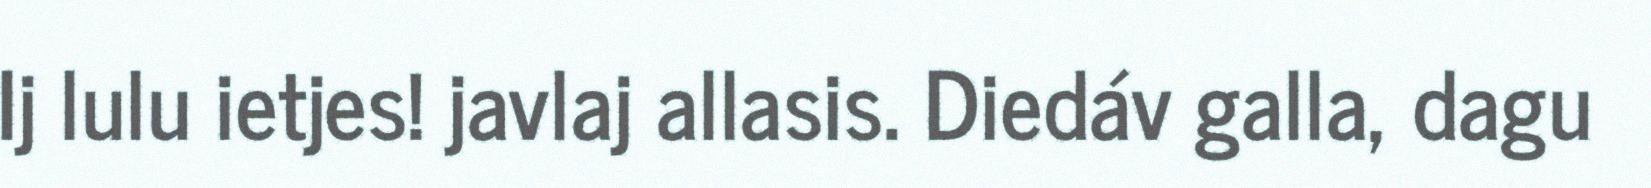
Ij lulu ietjes! javlaj allasis. Diedáv galla, dagu